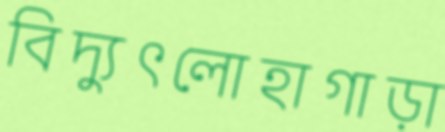
বিদ্যুৎলোহাগাড়া